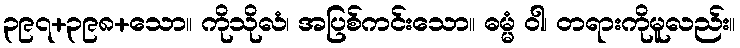
၃၉၇+၃၉၈+သော။ ကိုသိုလံ၊ အပြစ်ကင်းသော။ ဓမ္မံ ဝါ၊ တရားကိုမူလည်း။